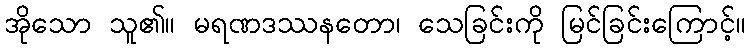
အိုသော သူ၏။ မရဏဒဿနတော၊ သေခြင်းကို မြင်ခြင်းကြောင့်။